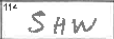
Transcription: SHW